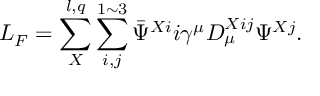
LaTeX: { \cal L } _ { F } = \sum _ { X } ^ { l , q } \sum _ { i , j } ^ { 1 \sim 3 } \bar { \Psi } ^ { X i } i \gamma ^ { \mu } D _ { \mu } ^ { X i j } \Psi ^ { X j } .